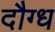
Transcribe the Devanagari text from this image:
दौग्ध